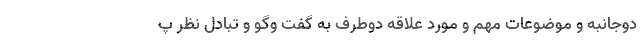
دوجانبه و موضوعات مهم و مورد علاقه دوطرف به گفت وگو و تبادل نظر پ